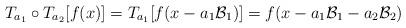
LaTeX: \begin{align*} T_{a_{1}} \circ T_{a_{2}} [f(x)] = T_{a_{1}}[f(x - a_{1} \mathcal{B}_{1}) ] = f( x - a_{1}\mathcal{B}_{1} - a_{2}\mathcal{B}_{2} ) \end{align*}